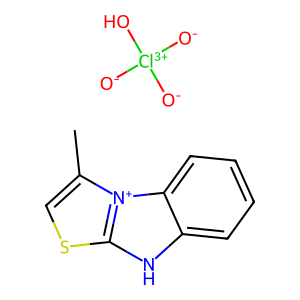
SMILES: Cc1csc2[nH]c3ccccc3[n+]12.[O-][Cl+3]([O-])([O-])O
Inhibits HIV replication: No